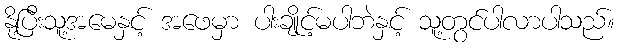
နို့ပြီးသူ့အမေနှင့် အဖေမှာ ပါးချိုင့်မပါဘဲနှင့် သူ့တွင်ပါလာပါသည်။